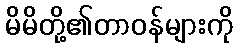
မိမိတို့၏တာဝန်များကို